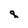
Character: q